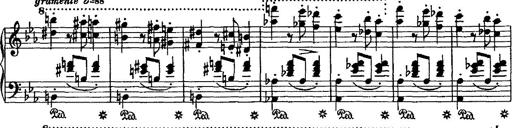
Title: Grande valse di bravura
Composer: Franz Liszt